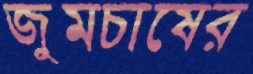
জুমচাষের